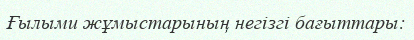
Ғылыми жұмыстарының негізгі бағыттары: